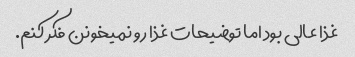
غذا عالی بود اما توضیحات غذا رو نمیخونن فکر کنم.